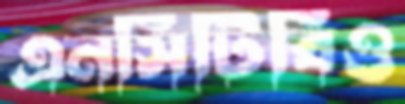
এনসিটিবিও